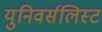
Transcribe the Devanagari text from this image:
युनिवर्सलिस्ट